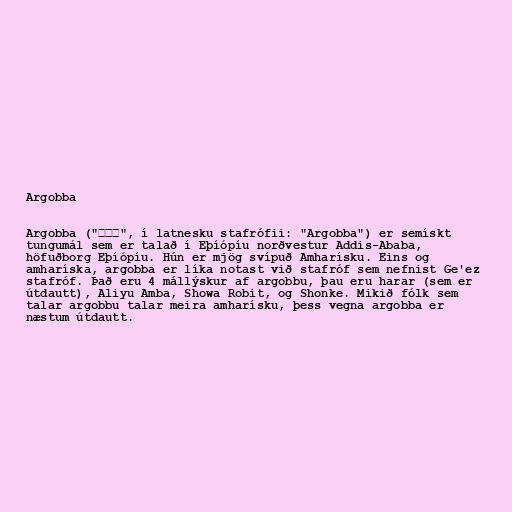
Argobba

Argobba ("አአአ", í latnesku stafrófii: "Argobba") er semískt
tungumál sem er talað í Eþíópíu norðvestur Addis-Ababa,
höfuðborg Eþíópíu. Hún er mjög svípuð Amharísku. Eins og
amharíska, argobba er líka notast við stafróf sem nefnist Ge'ez
stafróf. Það eru 4 mállýskur af argobbu, þau eru harar (sem er
útdautt), Aliyu Amba, Showa Robit, og Shonke. Mikið fólk sem
talar argobbu talar meira amharísku, þess vegna argobba er
næstum útdautt.